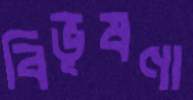
বিভূষণা